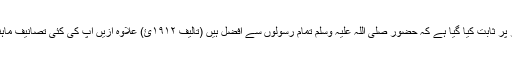
افضل الرسل آپ کی تصنیف یادگار ہے جس میں مدلل طور پر ثابت کیا گیا ہے کہ حضور صلی اللہ علیہ وسلم تمام رسولوں سے افضل ہیں (تالیف ۱۹۱۲ئ) علاوہ ازیں آپ کی کئی تصانیف ماہنامہ انوار الصوفیہ قصور میں قسط وار شائع ہوتی رہی ہیں۔